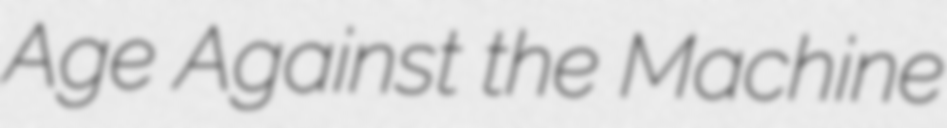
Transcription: Age Against the Machine